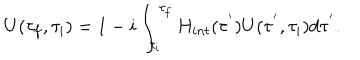
U ( \tau _ { f } , \tau _ { i } ) = 1 - i \int _ { \tau _ { i } } ^ { \tau _ { f } } H _ { i n t } ( \tau ^ { ' } ) U ( \tau ^ { ' } , \tau _ { i } ) d \tau ^ { ' } .